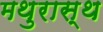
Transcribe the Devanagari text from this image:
मथुरास्थ